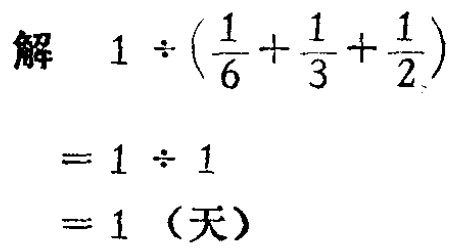
\[

\begin{align*}

\text{解} &\quad1\div(\frac{1}{6}+\frac{1}{3}+\frac{1}{2})\\

&=1\div1\\

& = 1 \text{（天）}

\end{align*}

\]